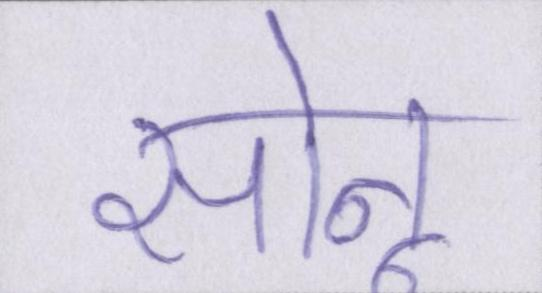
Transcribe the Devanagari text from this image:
सोनू